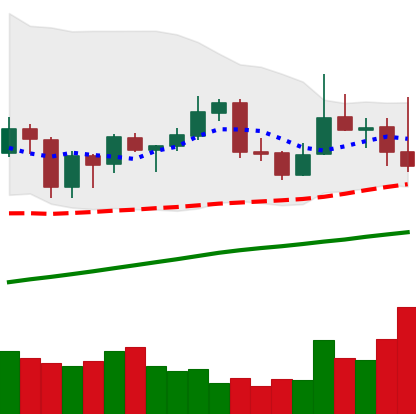
Ticker: XLM-USD
Chart end date: 2019-06-26
Forward return: -14.144%
Label: down_7plus